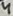
Text: 4